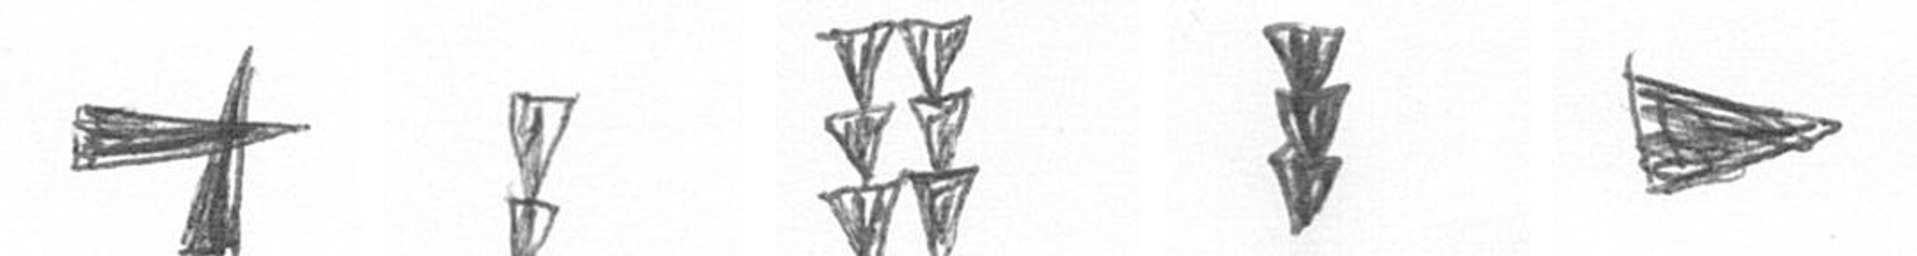
G Z Y E T